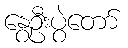
နွေဦးပွဲတော်